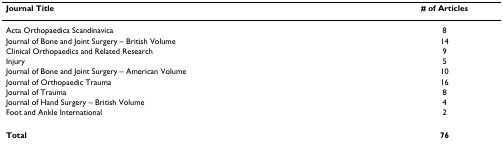
<table><thead><tr><td><b>Journal Title</b></td><td><b># of Articles</b></td></tr></thead><tbody><tr><td>Acta Orthopaedica Scandinavica</td><td>8</td></tr><tr><td>Journal of Bone and Joint Surgery – British Volume</td><td>14</td></tr><tr><td>Clinical Orthopaedics and Related Research</td><td>9</td></tr><tr><td>Injury</td><td>5</td></tr><tr><td>Journal of Bone and Joint Surgery – American Volume</td><td>10</td></tr><tr><td>Journal of Orthopaedic Trauma</td><td>16</td></tr><tr><td>Journal of Trauma</td><td>8</td></tr><tr><td>Journal of Hand Surgery – British Volume</td><td>4</td></tr><tr><td>Foot and Ankle International</td><td>2</td></tr><tr><td><b>Total</b></td><td><b>76</b></td></tr></tbody></table>